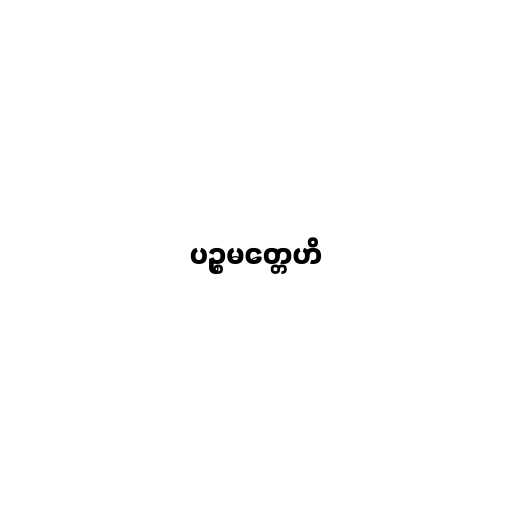
ပဉ္စမတ္တေဟိ